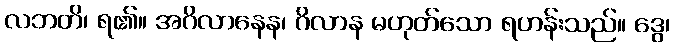
လဘတိ၊ ရ၏။ အဂိလာနေန၊ ဂိလာန မဟုတ်သော ရဟန်းသည်။ ဒွေ၊